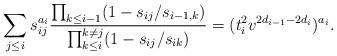
LaTeX: \begin{align*} \sum_{j\leq i}s_{ij}^{a_i} \frac{\prod_{k\leq i-1}(1-s_{ij}/s_{i-1,k})} {\prod_{k\leq i}^{k\ne j}(1-s_{ij}/s_{ik})}=(t_i^2v^{2d_{i-1}-2d_i})^{a_i}.\end{align*}